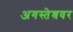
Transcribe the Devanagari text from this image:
अगस्‍तेश्रवर